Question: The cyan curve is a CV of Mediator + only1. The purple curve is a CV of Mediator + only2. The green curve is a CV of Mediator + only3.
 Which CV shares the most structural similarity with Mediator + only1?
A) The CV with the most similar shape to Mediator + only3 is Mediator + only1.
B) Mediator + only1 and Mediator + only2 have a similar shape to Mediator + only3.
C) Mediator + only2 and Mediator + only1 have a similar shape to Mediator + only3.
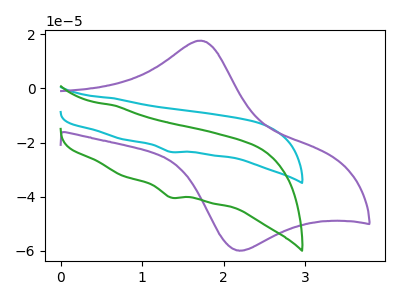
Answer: <think>The cyan curve "Mediator + only1" has a cathodic peak at: (1.35V, -23.45uA). The purple curve "Mediator + only2" has an anodic peak at (1.70V, 17.65uA) and a cathodic peak at (2.15V, -59.80uA). The green curve "Mediator + only3" has a cathodic peak at: (1.35V, -40.30uA).
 "Mediator + only1" and "Mediator + only2" have a different number of peaks. All the peaks in "Mediator + only1" have a peak in "Mediator + only3" at the same potential. Every peak in "Mediator + only1" is lower than every peak in "Mediator + only3". "Mediator + only2" and "Mediator + only3" have a different number of peaks.</think>
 <answer>A) The CV with the most similar shape to "Mediator + only3" is "Mediator + only1".</answer>
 <eval>A</eval>